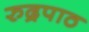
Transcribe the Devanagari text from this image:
रुद्रपाठ